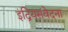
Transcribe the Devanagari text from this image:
इंद्रियसंवेदना